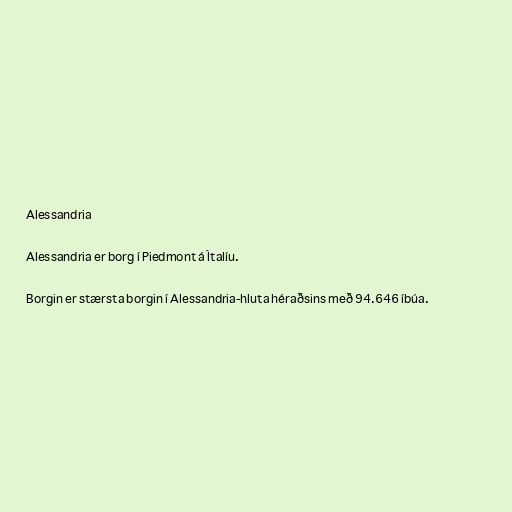
Alessandria

Alessandria er borg í Piedmont á Ítalíu.

Borgin er stærsta borgin í Alessandria-hluta héraðsins með 94.646 íbúa.